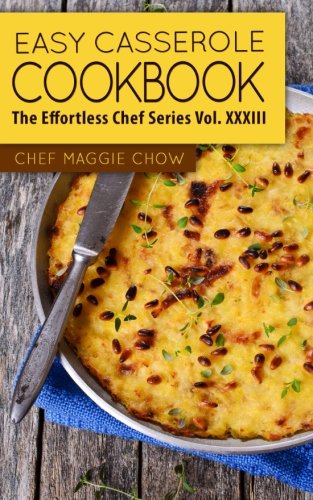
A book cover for Easy Casserole Cookbook; Chef Maggie Chow; Cookbooks, Food & Wine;